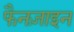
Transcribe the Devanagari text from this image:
फैनज़ाइन